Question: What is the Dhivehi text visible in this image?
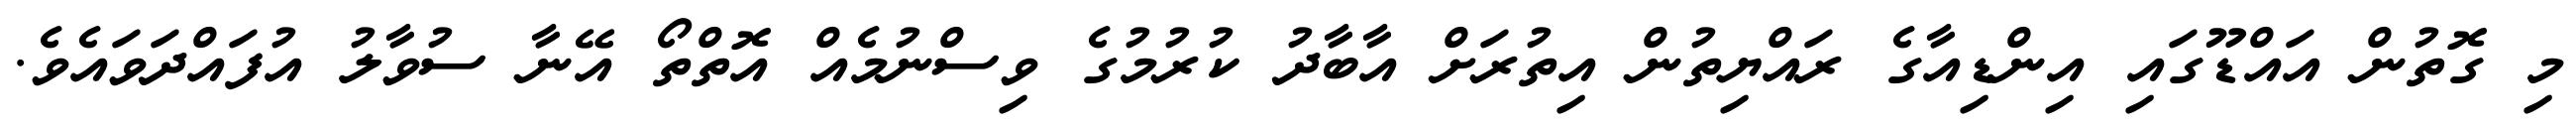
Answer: މި ގޮތުން އައްޑޫގައި އިންޑިއާގެ ރައްޔިތުން އިތުރަށް އާބާދު ކުރުމުގެ ވިސްނުމެއް އޮތްތޯ އޭނާ ސުވާލު އުފައްދަވައެވެ.